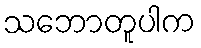
သဘောတူပါက